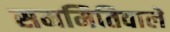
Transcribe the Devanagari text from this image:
सममितिवाले